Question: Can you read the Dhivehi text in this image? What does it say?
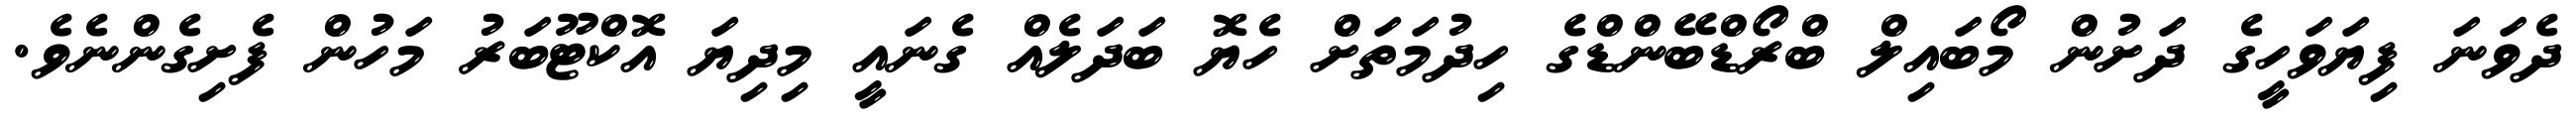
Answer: ދެވަނަ ފިޔަވަހީގެ ދަށުން މޯބައިލް ބްރޯޑްބޭންޑްގެ ހިދުމަތަށް ހެޔޮ ބަދަލެއް ގެނައީ މިދިޔަ އޮކްޓޫބަރު މަހުން ފެށިގެންނެވެ.